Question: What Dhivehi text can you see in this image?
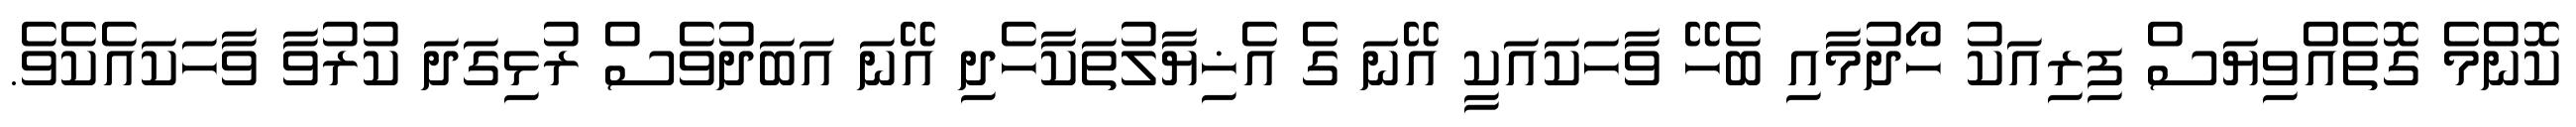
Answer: ކޮންމެ ގޮތެއްވިޔަސް ފިރިއަކު ހޯދުމާއި ބެހޭ ވާހަކައަކީ އޭނަ ގެ އެޚިޔާލުތަކާހެދި އޭނަ އަބަދުވެސް ރުޅިގަދަ ކުރުވާ ވާހަކައެކެވެ.